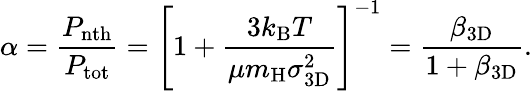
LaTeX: \alpha=\frac{P_{\mathrm{nth}}}{P_{\mathrm{tot}}}=\left[1+\frac{3k_{\mathrm{{B}}}T}{\mu m_{\mathrm{{H}}}\sigma_{\mathrm{3D}}^{2}}\right]^{-1}=\frac{\beta_{\mathrm{3D}}}{1+\beta_{\mathrm{3D}}}.